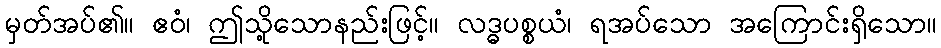
မှတ်အပ်၏။ ဧဝံ၊ ဤသို့သောနည်းဖြင့်။ လဒ္ဓပစ္စယံ၊ ရအပ်သော အကြောင်းရှိသော။